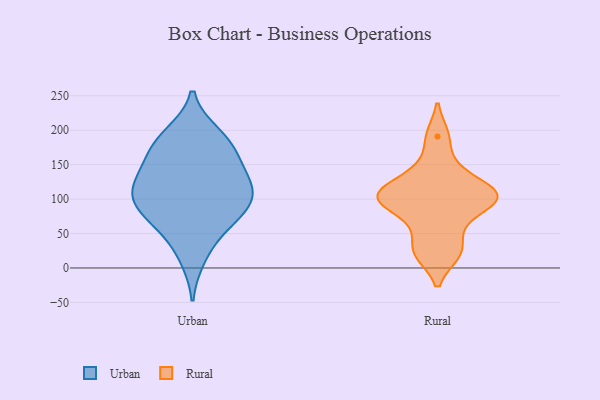
{"axis": {"x": "Headcount", "y": "Value"}, "legend": ["Rural", "Urban"], "data": [{"x": "", "y": 15, "type": "Urban"}, {"x": "", "y": 90, "type": "Urban"}, {"x": "", "y": 120, "type": "Urban"}, {"x": "", "y": 159, "type": "Urban"}, {"x": "", "y": 120, "type": "Urban"}, {"x": "", "y": 160, "type": "Urban"}, {"x": "", "y": 82, "type": "Urban"}, {"x": "", "y": 133, "type": "Urban"}, {"x": "", "y": 70, "type": "Urban"}, {"x": "", "y": 180, "type": "Urban"}, {"x": "", "y": 194, "type": "Urban"}, {"x": "", "y": 106, "type": "Urban"}, {"x": "", "y": 116, "type": "Urban"}, {"x": "", "y": 188, "type": "Urban"}, {"x": "", "y": 87, "type": "Urban"}, {"x": "", "y": 49, "type": "Urban"}, {"x": "", "y": 58, "type": "Rural"}, {"x": "", "y": 24, "type": "Rural"}, {"x": "", "y": 110, "type": "Rural"}, {"x": "", "y": 95, "type": "Rural"}, {"x": "", "y": 191, "type": "Rural"}, {"x": "", "y": 100, "type": "Rural"}, {"x": "", "y": 145, "type": "Rural"}, {"x": "", "y": 91, "type": "Rural"}, {"x": "", "y": 117, "type": "Rural"}, {"x": "", "y": 21, "type": "Rural"}, {"x": "", "y": 108, "type": "Rural"}]}